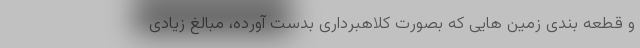
و قطعه بندی زمین هایی که بصورت کلاهبرداری بدست آورده، مبالغ زیادی